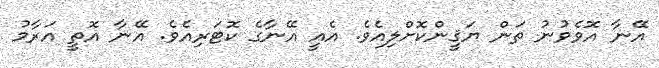
އޭނާ އޮވެވުނު ތަން ޔަޤީންކޮށްލިއެވެ. އެއީ އޭނާގެ ކޮޓަރިއެވެ. އޭނާ އޮތީ އަރާމު